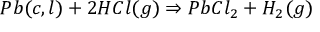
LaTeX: P b ( c , l ) + 2 H C l ( g ) \Rightarrow P b C l _ { 2 } + H _ { 2 } ( g )